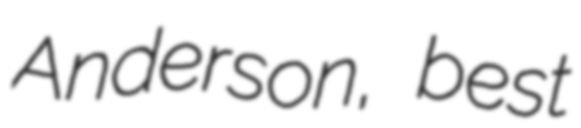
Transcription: Anderson, best